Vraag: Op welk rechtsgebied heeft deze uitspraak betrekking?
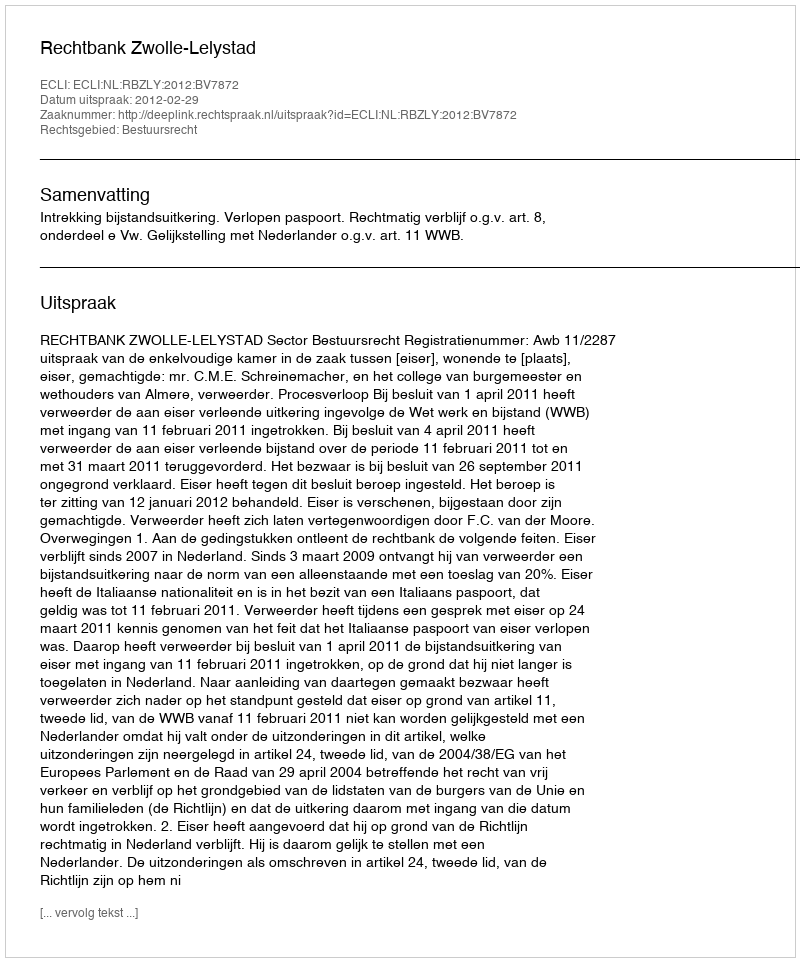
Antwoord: Bestuursrecht